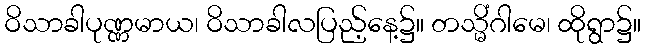
ဝိသာခါပုဏ္ဏမာယ၊ ဝိသာခါလပြည့်နေ့၌။ တသ္မိံဂါမေ၊ ထိုရွာ၌။